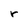
Character: r